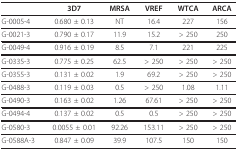
<table><thead><tr><td></td><td><b>3D7</b></td><td><b>MRSA</b></td><td><b>VREF</b></td><td><b>WTCA</b></td><td><b>ARCA</b></td></tr></thead><tbody><tr><td>G-0005-4</td><td>0.680 ± 0.13</td><td>NT</td><td>16.4</td><td>227</td><td>156</td></tr><tr><td>G-0021-3</td><td>0.790 ± 0.17</td><td>11.9</td><td>15.2</td><td>&gt; 250</td><td>250</td></tr><tr><td>G-0049-4</td><td>0.916 ± 0.19</td><td>8.5</td><td>7.1</td><td>221</td><td>225</td></tr><tr><td>G-0335-3</td><td>0.775 ± 0.25</td><td>62.5</td><td>&gt; 250</td><td>&gt; 250</td><td>&gt; 250</td></tr><tr><td>G-0355-3</td><td>0.131 ± 0.02</td><td>1.9</td><td>69.2</td><td>&gt; 250</td><td>&gt; 250</td></tr><tr><td>G-0488-3</td><td>0.119 ± 0.03</td><td>0.5</td><td>&gt; 250</td><td>1.08</td><td>1.11</td></tr><tr><td>G-0490-3</td><td>0.163 ± 0.02</td><td>1.26</td><td>67.61</td><td>&gt; 250</td><td>&gt; 250</td></tr><tr><td>G-0494-4</td><td>0.137 ± 0.02</td><td>0.5</td><td>0.5</td><td>&gt; 250</td><td>&gt; 250</td></tr><tr><td>G-0580-3</td><td>0.0055 ± 0.01</td><td>92.26</td><td>153.11</td><td>&gt; 250</td><td>&gt; 250</td></tr><tr><td>G-0588A-3</td><td>0.847 ± 0.09</td><td>39.9</td><td>107.5</td><td>150</td><td>150</td></tr></tbody></table>